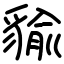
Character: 貐